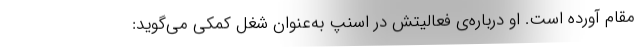
مقام آورده است. او درباره‌ی فعالیتش در اسنپ به‌عنوان شغل کمکی می‌گوید: